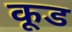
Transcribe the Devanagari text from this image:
कूड